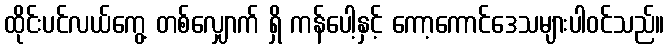
ထိုင်းပင်လယ်ကွေ့ တစ်လျှောက် ရှိ ကန်ပေါ့နှင့် ကော့ကောင်ဒေသများပါဝင်သည်။